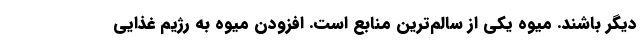
دیگر باشند. میوه یکی از سالم‌ترین منابع است. افزودن میوه به رژیم غذایی